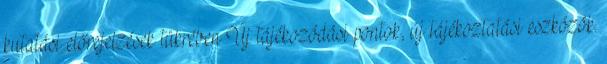
kutatási előrejelzések tükrében Új tájékozódási pontok, új tájékoztatási eszközök.